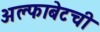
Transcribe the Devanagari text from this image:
अल्फाबेटची